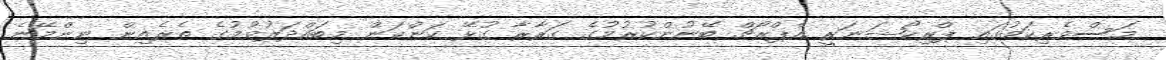
މަސްވެރިކަމުގައި ޕްރިކޯޝަނަރީ އެޕްރޯޗް ބޭނުންކުރުމުގެ ގަރާރާ ގުޅޭ ކަންކަން މިބައްދަލުވުމުގެ ތެރެއިން ނިންމޭނެ